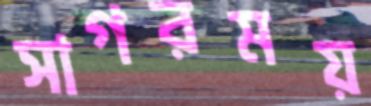
সাগরময়